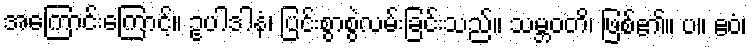
အကြောင်းကြောင့်။ ဥပါဒါနံ၊ ပြင်းစွာစွဲလမ်းခြင်းသည်။ သမ္ဘဝတိ၊ ဖြစ်၏။ ပ။ ဧဝံ၊